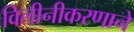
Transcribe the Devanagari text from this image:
विलीनीकरणाने